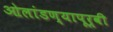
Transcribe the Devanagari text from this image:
ओलांडण्यापूर्वी